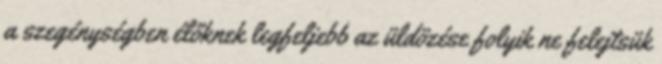
a szegénységben élőknek legfeljebb az üldözése folyik ne felejtsük